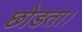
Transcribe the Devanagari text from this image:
छोडता।